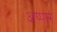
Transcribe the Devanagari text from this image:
अप्पार